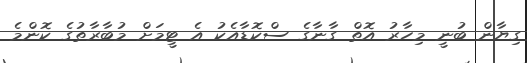
ގިޔާން ބުނީ މިހާރު އޮތް ގާނާގެ ސްކޮޑާއެކު އެ ޓީމަށް މުބާރާތުގެ ކޮންމެ